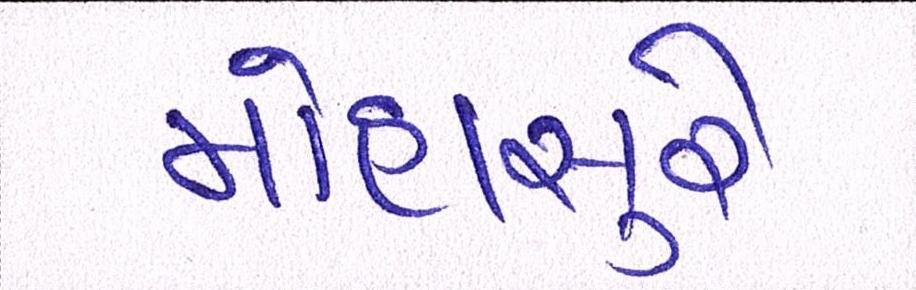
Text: મોહાસુરે